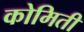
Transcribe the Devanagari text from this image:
कोमिती